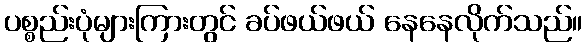
ပစ္စည်းပုံများကြားတွင် ခပ်ဖယ်ဖယ် နေနေလိုက်သည်။